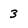
Character: 3